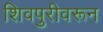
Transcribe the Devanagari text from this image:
शिवपुरीवरून